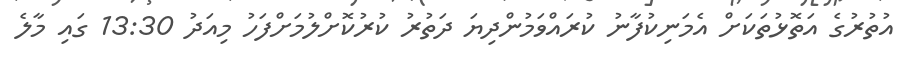
އުތުރުގެ އަތޮޅުތަކަށް އެމަނިކުފާނު ކުރައްވަމުންދިޔަ ދަތުރު ކުރުކޮށްލުމަށްފަހު މިއަދު 13:30 ގައި މާލެ